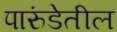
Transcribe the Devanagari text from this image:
पारुंडेतील